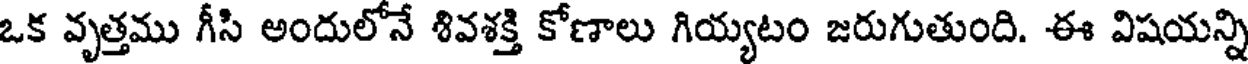
ఒక వృత్తము గీసి అందులోనే శివశక్తి కోణాలు గియ్యటం జరుగుతుంది. ఈ విషయన్ని